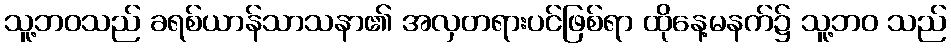
သူ့ဘဝသည် ခရစ်ယာန်သာသနာ၏ အလှတရားပင်ဖြစ်ရာ ထိုနေ့မနက်၌ သူ့ဘဝ သည်